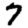
Digit: 7